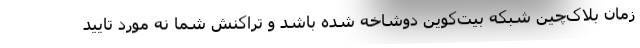
زمان بلاک‌چین شبکه بیت‌کوین دوشاخه شده باشد و تراکنش شما نه مورد تایید